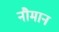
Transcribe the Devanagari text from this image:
नौमान